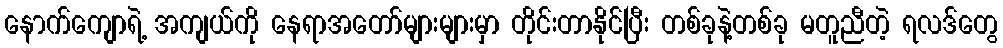
နောက်ကျောရဲ့ အကျယ်ကို နေရာအတော်များများမှာ တိုင်းတာနိုင်ပြီး တစ်ခုနဲ့တစ်ခု မတူညီတဲ့ ရလဒ်တွေ